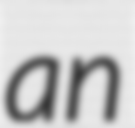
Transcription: an